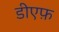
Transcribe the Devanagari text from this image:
डीएफ़